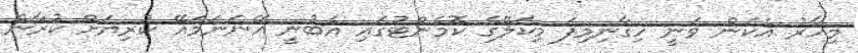
މިހާރު އެކަން ވަނީ ހިގާނިމިފަ މިކަލޭގެ ކޮމެންޓުގައި އެބުނީ އޭނަނަމައޭ ކުރިޔަށް ކުރާނެ